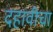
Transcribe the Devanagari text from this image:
दहावीचा